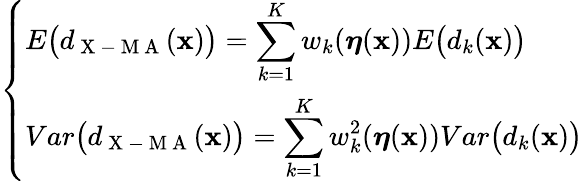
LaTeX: \left\{ \begin{array}{ll}{\displaystyle E\bigl(d_{\mathrm{~X~-~M~A~}}(\mathbf{x})\bigr)=\sum_{k=1}^{K}w_{k}(\boldsymbol{\eta}(\mathbf{x}))E\bigl(d_{k}(\mathbf{x})\bigr)}\\ {\displaystyle Var\bigl(d_{\mathrm{~X~-~M~A~}}(\mathbf{x})\bigr)=\sum_{k=1}^{K}w_{k}^{2}(\boldsymbol{\eta}(\mathbf{x}))Var\bigl(d_{k}(\mathbf{x})\bigr)}\end{array}\right.